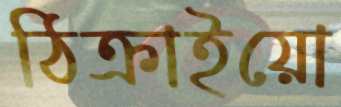
ঠিক্‌রাইয়ো